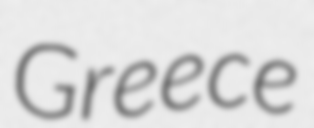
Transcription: Greece